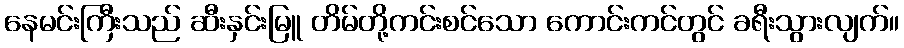
နေမင်းကြီးသည် ဆီးနှင်းမြူ တိမ်တို့ကင်းစင်သော ကောင်းကင်တွင် ခရီးသွားလျက်။